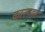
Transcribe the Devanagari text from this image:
कारगहर